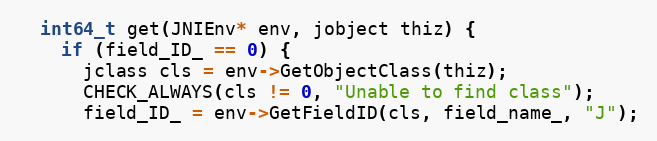
Language: C
  int64_t get(JNIEnv* env, jobject thiz) {
    if (field_ID_ == 0) {
      jclass cls = env->GetObjectClass(thiz);
      CHECK_ALWAYS(cls != 0, "Unable to find class");
      field_ID_ = env->GetFieldID(cls, field_name_, "J");